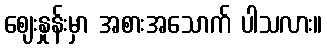
ဈေးနှုန်းမှာ အစားအသောက် ပါသလား။